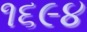
૧૬૯૪